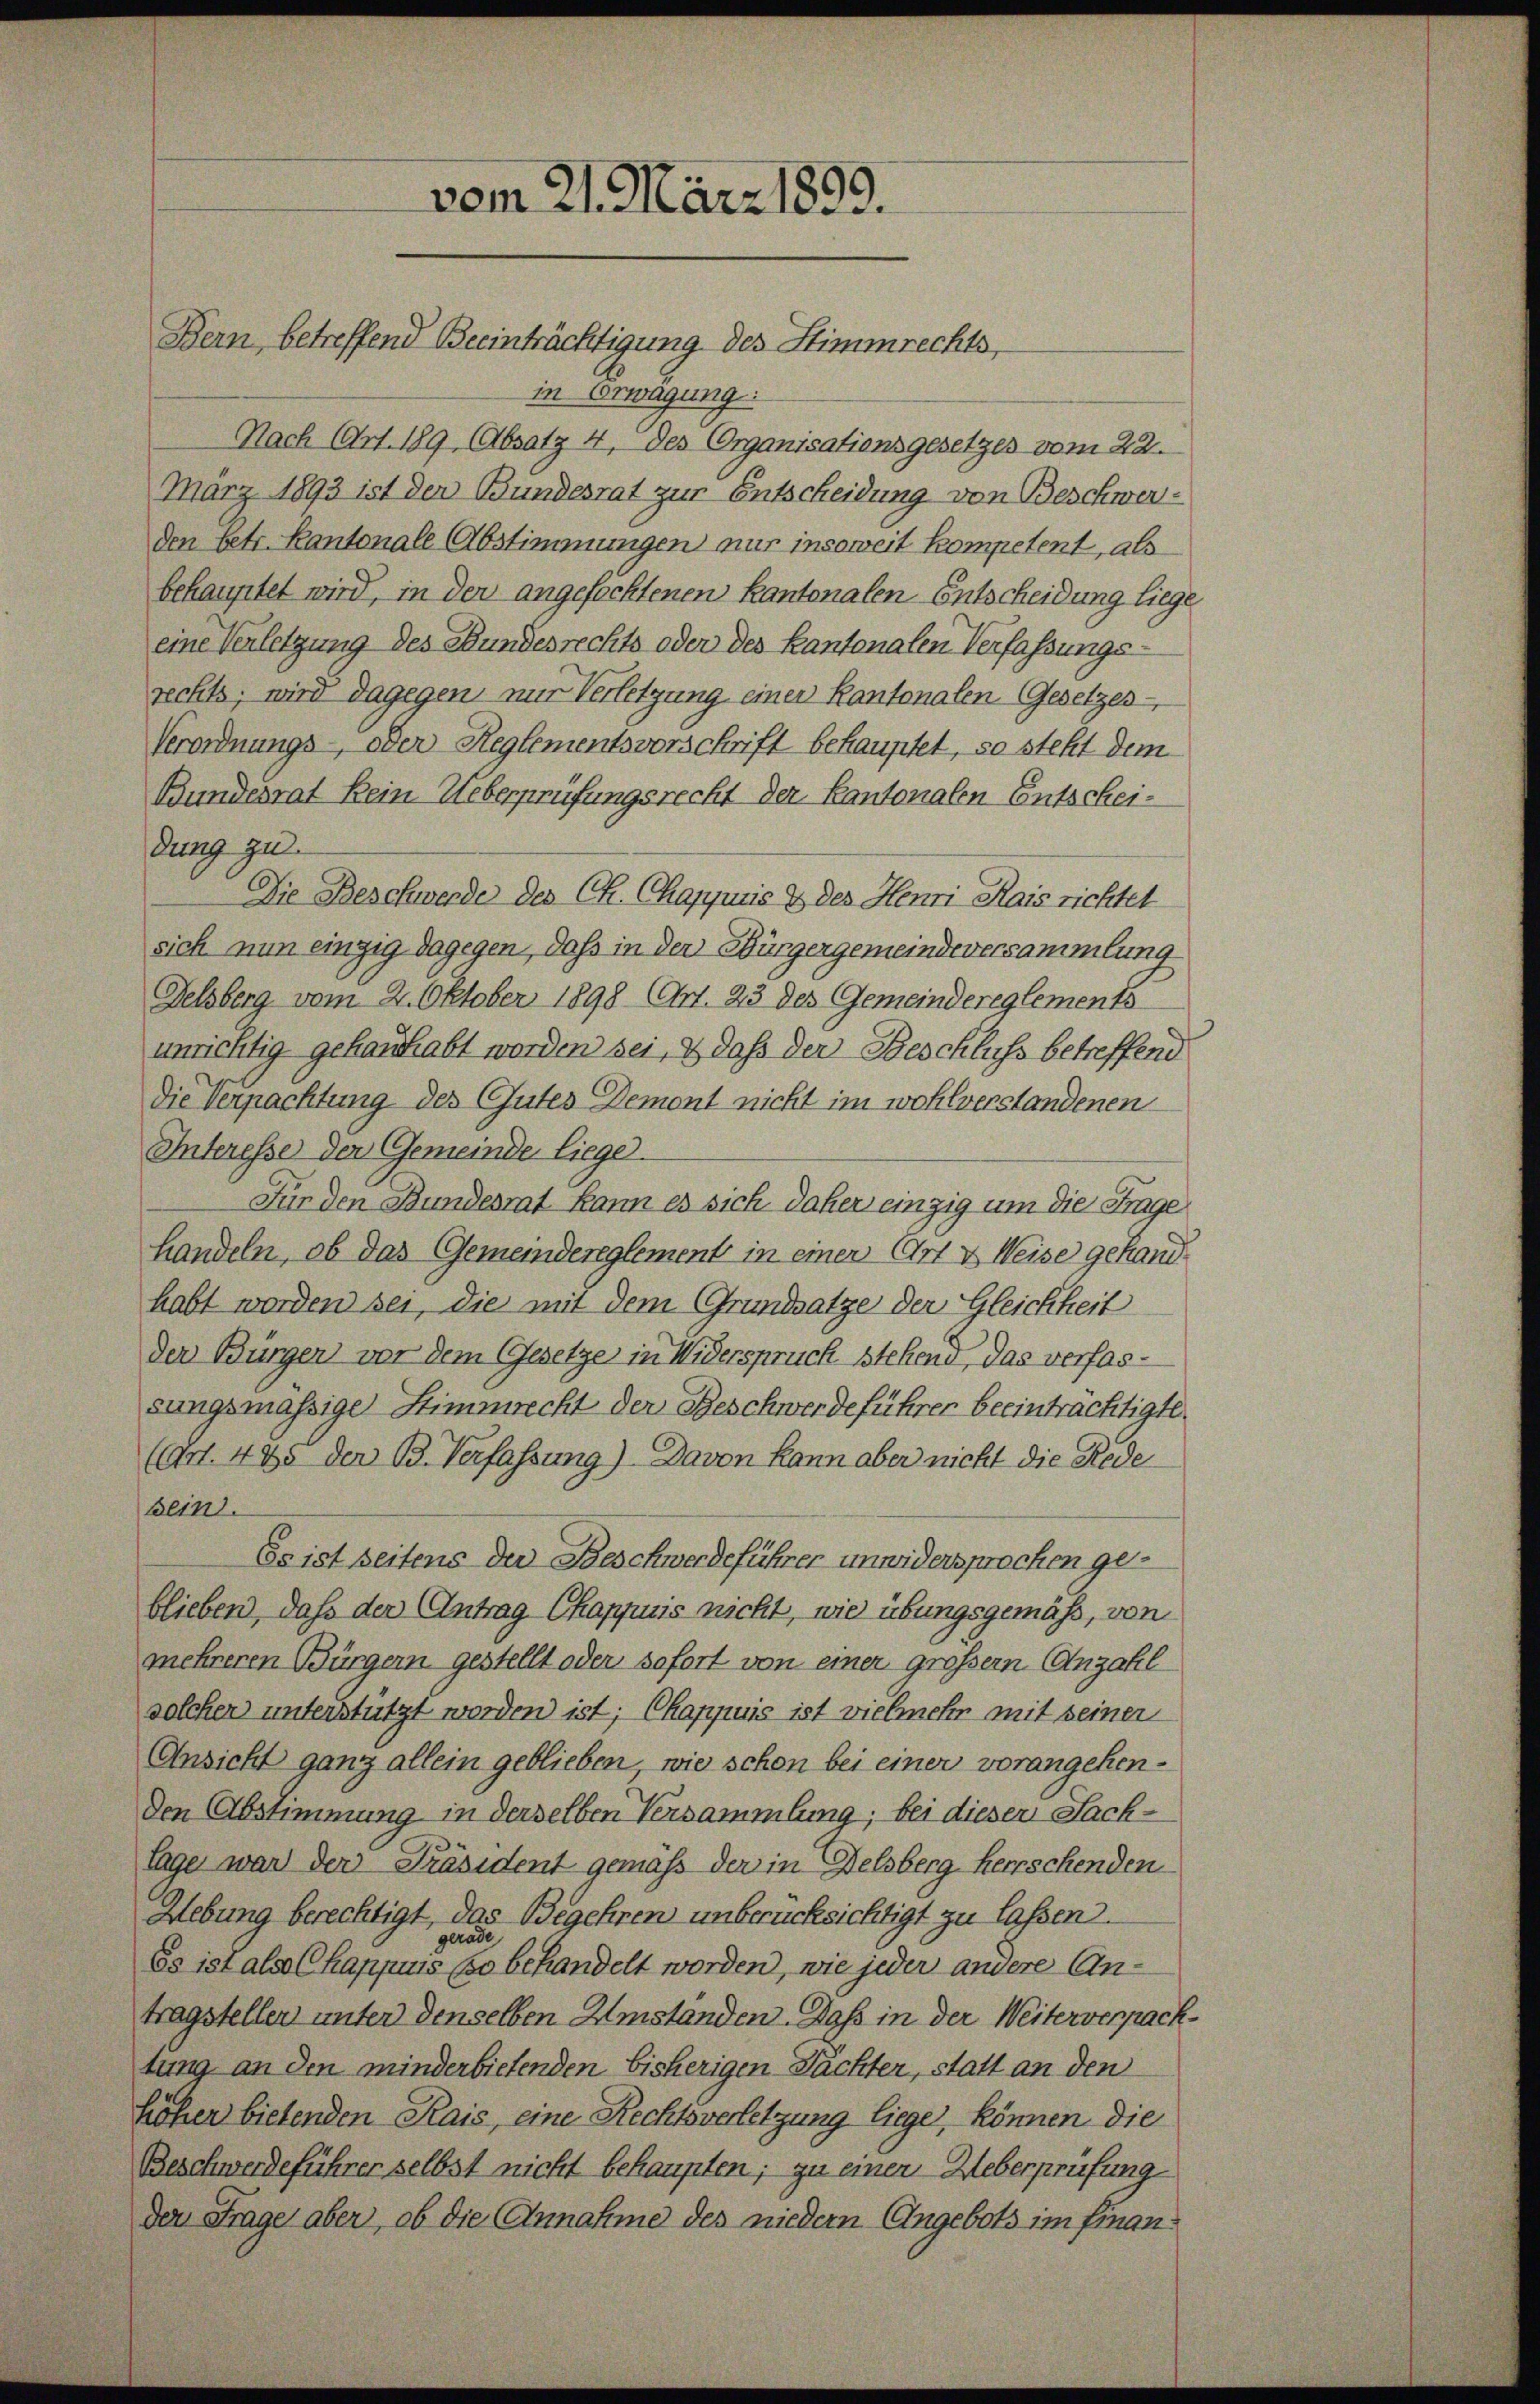
vom 21. März 1899.
Bern, betreffend Beeinträchtigung des Stimmrechts,

in Erwägung:
Nach (Art. 189 Absatz 4, des Organisationsgesetzes vom 22.
März 1893 ist den Bundesrat zur Entscheidung von Beschwerden betr. Kantonale Abstimmungen nur insoweit kompetent, als
behauptet wird, in der angefochtenen Kantonalen Entscheidung liege
eine Verletzung des Bundesrechts oder des Kantonalen Verfassungsrechts; wird dagegen nur Verletzung einer Kantonalen (Gesetzes
Verordnungs- oder Reglementsvorschrift behauptet, so steht dem
Bundesrat kein Ueberprüfungsrecht der Kantonalen Entscheidung zu
Die Beschwerde des Ch. Chappuis & des Henri Kais richtet
sich nun einzig dagegen, dass in der Bürgergemeindeversammlung
Delsberg vom 2. Oktober 1898 (Art. 23 des Gemeindereglements
unrichtig gehandhabt worden sei, & daß der Beschluss betreffend
Die Verpachtung des Gutes Demont nicht im wohlverstandenen
Interesse der Gemeinde liege
Für den Bundesrat kann es sich daher einzig um die Frage
handeln, ob das Gemeindereglement in einer Art & Weise gehandhabt worden sei, die mit dem Grundsatze der Gleichheit
der Burgen vor dem Gesetze in Widerspruch stehend, das verfassangsmässige Stimmrecht der Beschwerdeführer beeinträchtigte.
(Art. 495 der B. Verfassung) Davon kann aber nicht die Rede
Bein.
Es ist seitens der Beschwerdeführer unwidersprochen geblieben, daß der Antrag Chappuis nicht, wie übungsgemäß, von
mehreren Bürgern gestellt oder sofort von einer grossem Anzahl
solcher unterstützt worden ist; Chappuis ist vielmehr mit seiner
Ansicht ganz allein geblieben, wie schon bei einer vorangehen¬
Den Abstimmung in derselben Versammlung; bei dieser Sachlage war der Präsident gemäß der in Delsberg herrschenden
Webung berechtigt, das Begehren unberücksichtigt zu laßen.
gerade
Es ist als Chappius (so behandelt worden, wie jeder andere Antragstellen unter denselben Umständen. Daß in der Weiterverpacktung an den minderbietenden bisherigen Pächter, statt an den
höher bietenden Kais, eine Rechtsverletzung liege, können die
Beschwerdeführer selbst nicht behaupten; zu einen Ueberprüfung
der Frage aber, ob die Annahme des niedern Angebots im Finan¬